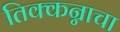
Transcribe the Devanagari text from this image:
तिक्कन्नाचा